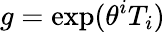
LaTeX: g=\exp(\theta^{i}T_{i})